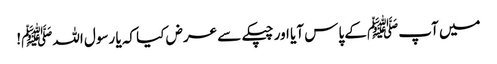
میں آپﷺ کے پاس آیا اور چپکے سے عرض کیا کہ یا رسول اللہﷺ!